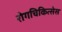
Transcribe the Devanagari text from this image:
रोगचिकित्सेस